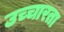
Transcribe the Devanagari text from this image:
उच्चारता